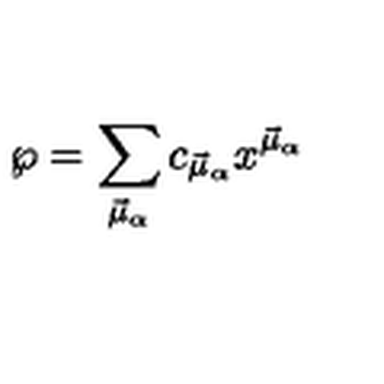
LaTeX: { \wp } = \sum _ { \vec { \mu } _ { \alpha } } c _ { \vec { \mu } _ { \alpha } } x ^ { \vec { \mu } _ { \alpha } }